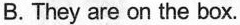
B.They are on the box.